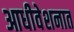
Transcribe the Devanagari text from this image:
आधीवेशनात